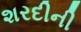
શરદીની